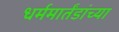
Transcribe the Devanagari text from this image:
धर्ममार्तंडांच्या